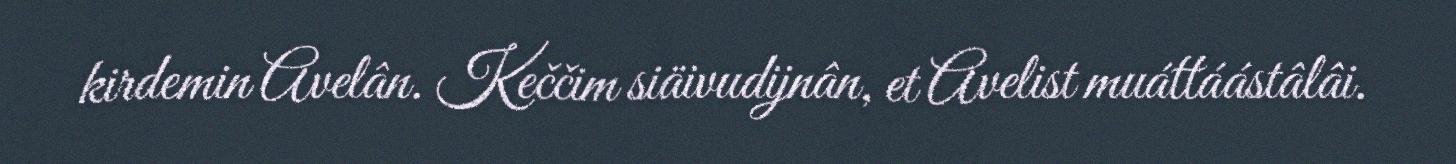
kirdemin Avelân. Keččim siäivudijnân, et Avelist muáttáástâlâi.